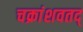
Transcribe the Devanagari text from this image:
चक्रांशवतद्